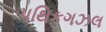
પથિકગઝલ